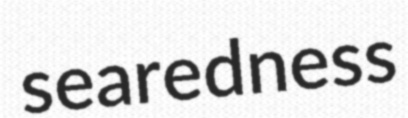
searedness